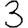
Digit: 3